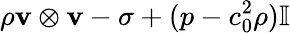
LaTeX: \rho\mathbf{v}\otimes\mathbf{v}-\sigma+(p-c_{0}^{2}\rho)\mathbb{I}